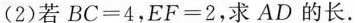
(2) 若$$C = 4$$，$$EF = 2$$，求AD的长。